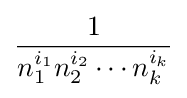
{\frac {1}{n_{1}^{i_{1}}n_{2}^{i_{2}}\cdots n_{k}^{i_{k}}}}